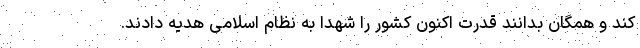
کند و همگان بدانند قدرت اکنون کشور را شهدا به نظام اسلامی هدیه دادند.